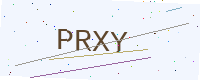
Text: PRXY